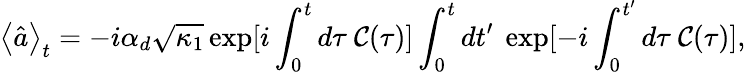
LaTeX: \left\langle\hat{a}\right\rangle_{t}=-i\alpha_{d}\sqrt{\kappa_{1}}\exp[i\int_{0}^{t}d\tau\ \mathcal{C}(\tau)]\int_{0}^{t}dt^{\prime}\ \exp[-i\int_{0}^{t^{\prime}}d\tau\ \mathcal{C}(\tau)],